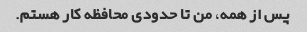
پس از همه، من تا حدودی محافظه کار هستم.